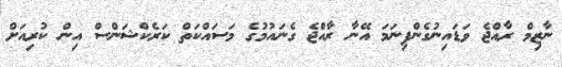
ނާޒިމް ރާއްޖެ ވަޑައިނުގެންފިނަމަ އޭނާ ރާއްޖެ ގެނައުމުގެ މަސައްކަތް ކަރެކްޝަންސް އިން ކުރިއަށް